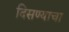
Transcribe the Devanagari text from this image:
दिसण्याचा